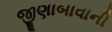
જીણાબાવાની